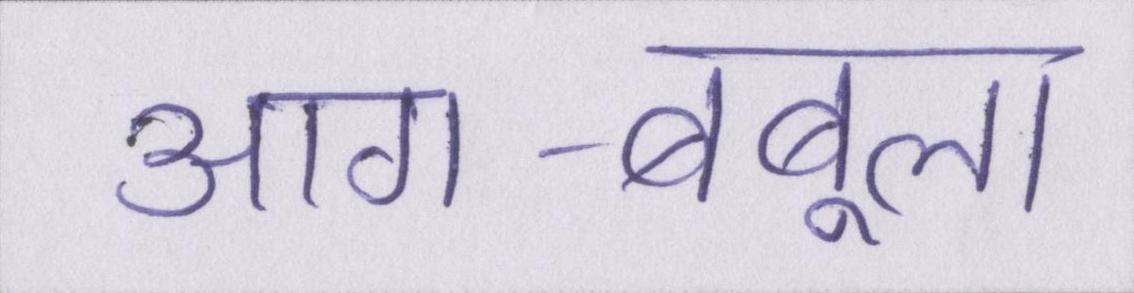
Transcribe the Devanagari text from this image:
आग-बबूला